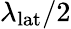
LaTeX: \lambda_{\textrm{lat}}/2